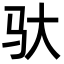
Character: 驮